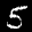
Label: 5